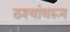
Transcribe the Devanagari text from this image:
ठश्यांवरून